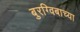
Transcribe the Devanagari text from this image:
बुरग्विबाच्या